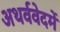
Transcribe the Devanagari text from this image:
अथर्ववेदमें